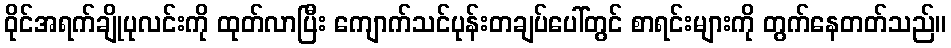
ဝိုင်အရက်ချိုပုလင်းကို ထုတ်လာပြီး ကျောက်သင်ပုန်းတချပ်ပေါ်တွင် စာရင်းများကို တွက်နေတတ်သည်။